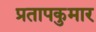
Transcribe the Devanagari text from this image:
प्रतापकुमार